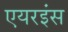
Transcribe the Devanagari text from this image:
एयरइंस